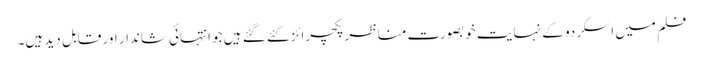
فلم میں اسکردو کے نہایت خوبصورت مناظر پکچرائز کئے گئے ہیں جو انتہائی شاندار اور قابل دید ہیں۔